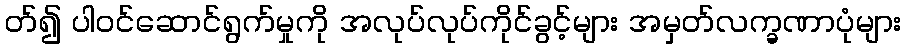
တ်၍ ပါဝင်ဆောင်ရွက်မှုကို အလုပ်လုပ်ကိုင်ခွင့်များ အမှတ်လက္ခဏာပုံများ